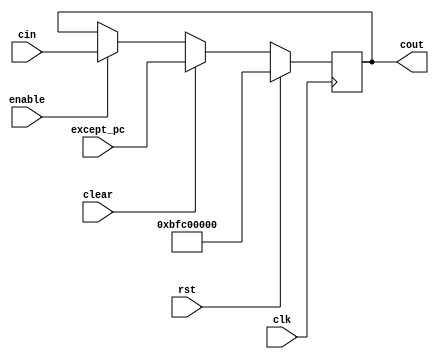
`timescale 1ns / 1ps
//////////////////////////////////////////////////////////////////////////////////
// Company: 
// Engineer: 
// 
// Design Name: 
// Module Name: pc_flop
// Project Name: 
// Target Devices: 
// Tool Versions: 
// Description: 
// 
// Dependencies: 
// 
// Revision:
// Revision 0.01 - File Created
// Additional Comments:
// 
//////////////////////////////////////////////////////////////////////////////////


module pc_flop  #(parameter WIDTH = 32)(
	input clk,rst,clear,enable,
	input wire[WIDTH-1:0] cin,
	input wire[WIDTH-1:0] except_pc,
	output reg[WIDTH-1:0] cout
    );
	always @(posedge clk) begin
		if (rst) begin
			// reset
			cout <= 32'hbfc00000;
		end 
		else if (clear)begin
		        cout <= except_pc;
		end
		else if (enable) begin
			    cout <= cin;
		end
	end
endmodule